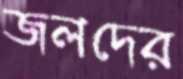
জলদের